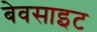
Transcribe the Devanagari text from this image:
बेवसाइट